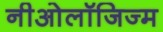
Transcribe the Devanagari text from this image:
नीओलॉजिज्म